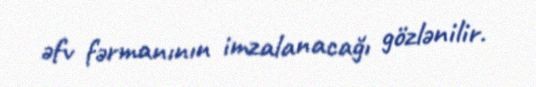
əfv fərmanının imzalanacağı gözlənilir.